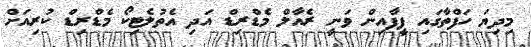
މިދިޔަ ހަފްތާގައި ފީފާއިން ވަނީ ރެއާލް މެޑްރިޑް އަދި އެތުލެޓިކޯ މެޑްރިޑް ކުރިއަށް